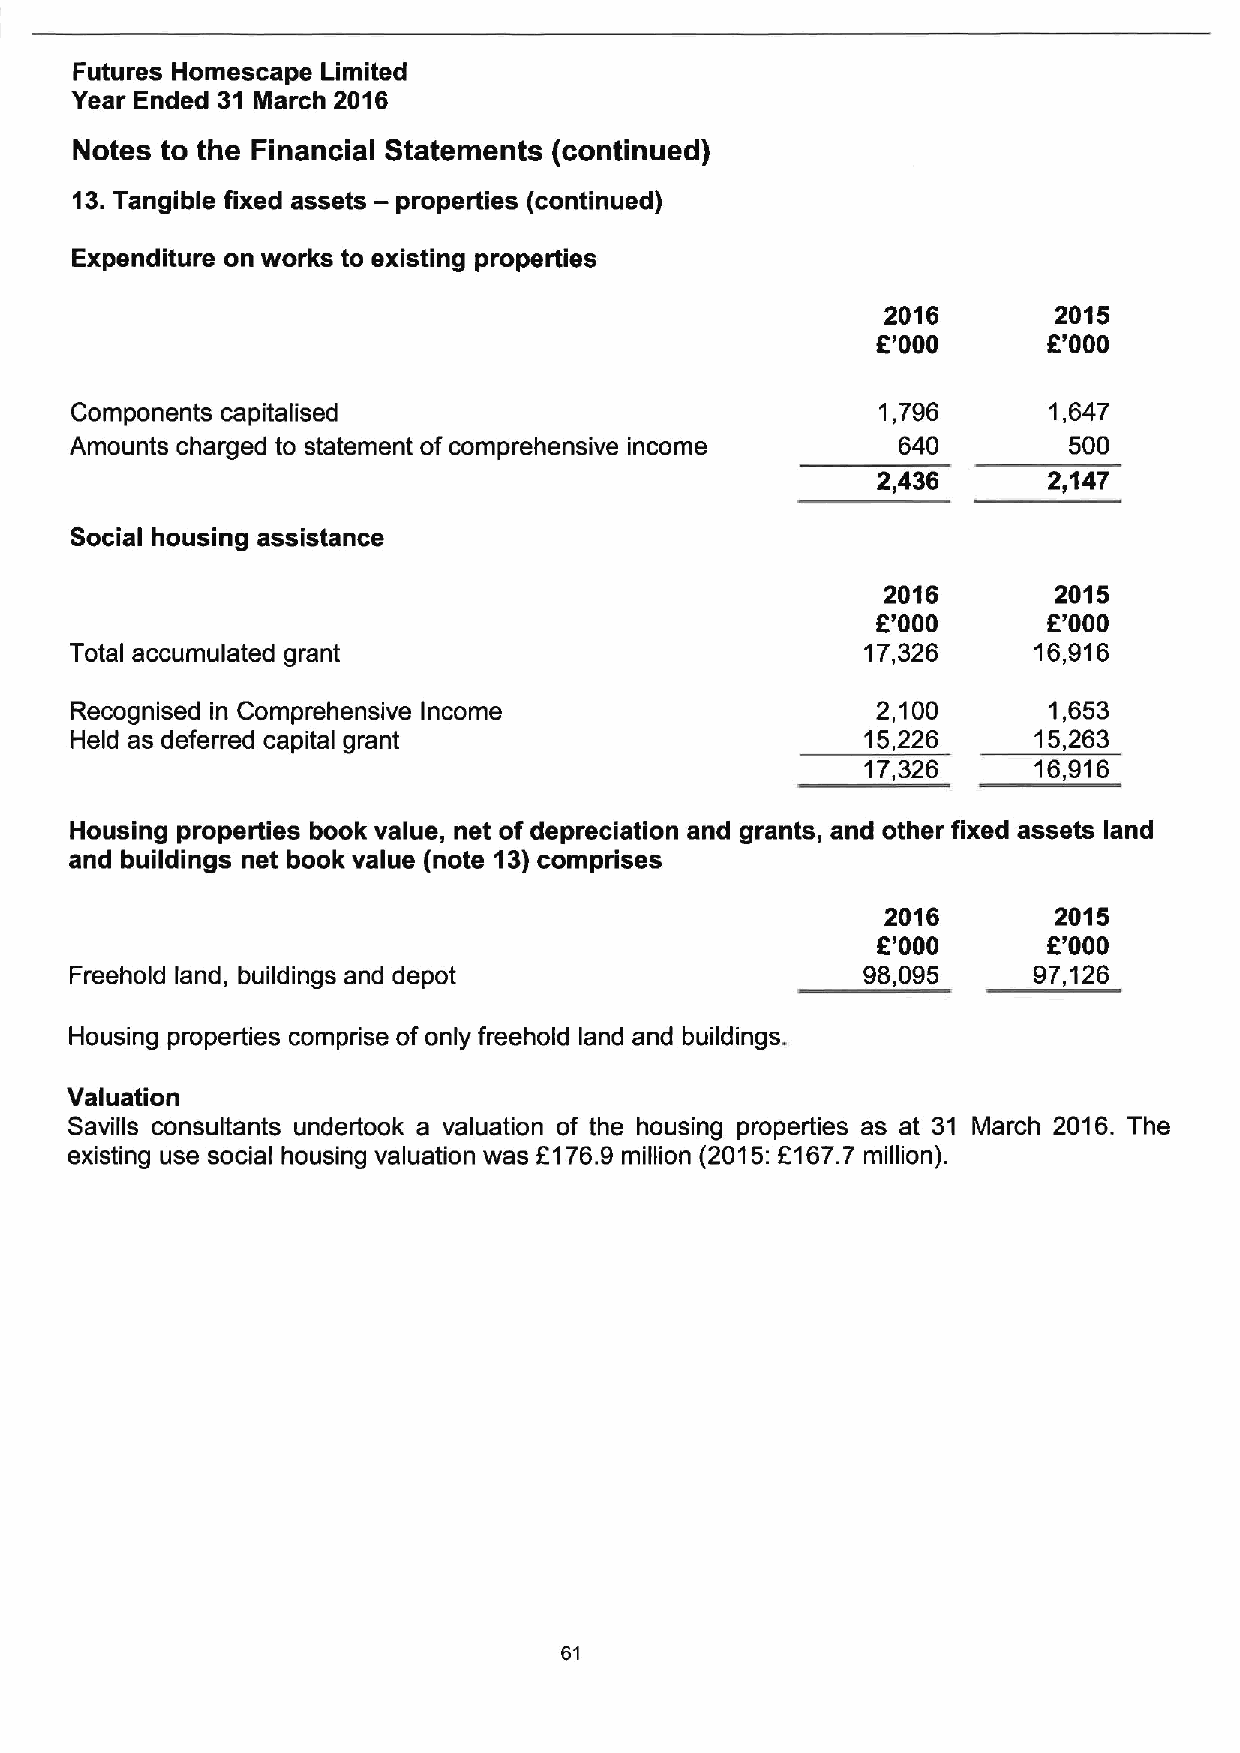
Futures Homescape Limited
 Year Ended 31 March 2016
 Notes to the Financial Statements (continued)
 13.Tangible fixed assets — properties (continued)
 Expenditure on works to existing properties
 2016       2015
 K'000      R'000
 Components capitalised                               1,796      1,647
 Amounts charged to statement of comprehensive income  640         500
 2,436      2,147
 Social housing assistance
 2016        2015
 E'000      6'000
 Total accumulated grant                             17,326     16,916
 Recognised in Comprehensive Income                   2,100      1,653
 Held as deferred capital grant                      15,226     15,263
 17,326     16,916
 Housing properties book value, net of depreciation and grants, and other fixed assets land
 and buildings net book value (note 13)comprises
 2016       2015
 R'000      R'000
 Freehold land, buildings and depot                  98,095     97,126
 Housing properties comprise of only freehold land and buildings.
 Valuation
 Savills consultants undertook a valuation of the housing properties as at 31 March 2016. The
 existing use social housing valuation was L176.9 million (2015:f167.7 million).